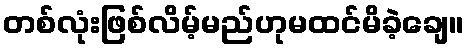
တစ်လုံးဖြစ်လိမ့်မည်ဟုမထင်မိခဲ့ချေ။